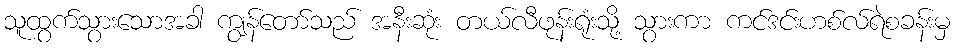
သူထွက်သွားသောအခါ ကျွန်တော်သည် အနီးဆုံး တယ်လီဖုန်းရုံးသို့ သွားကာ ကင်ဒင်းဟစ်လ်ရဲစခန်းမှ